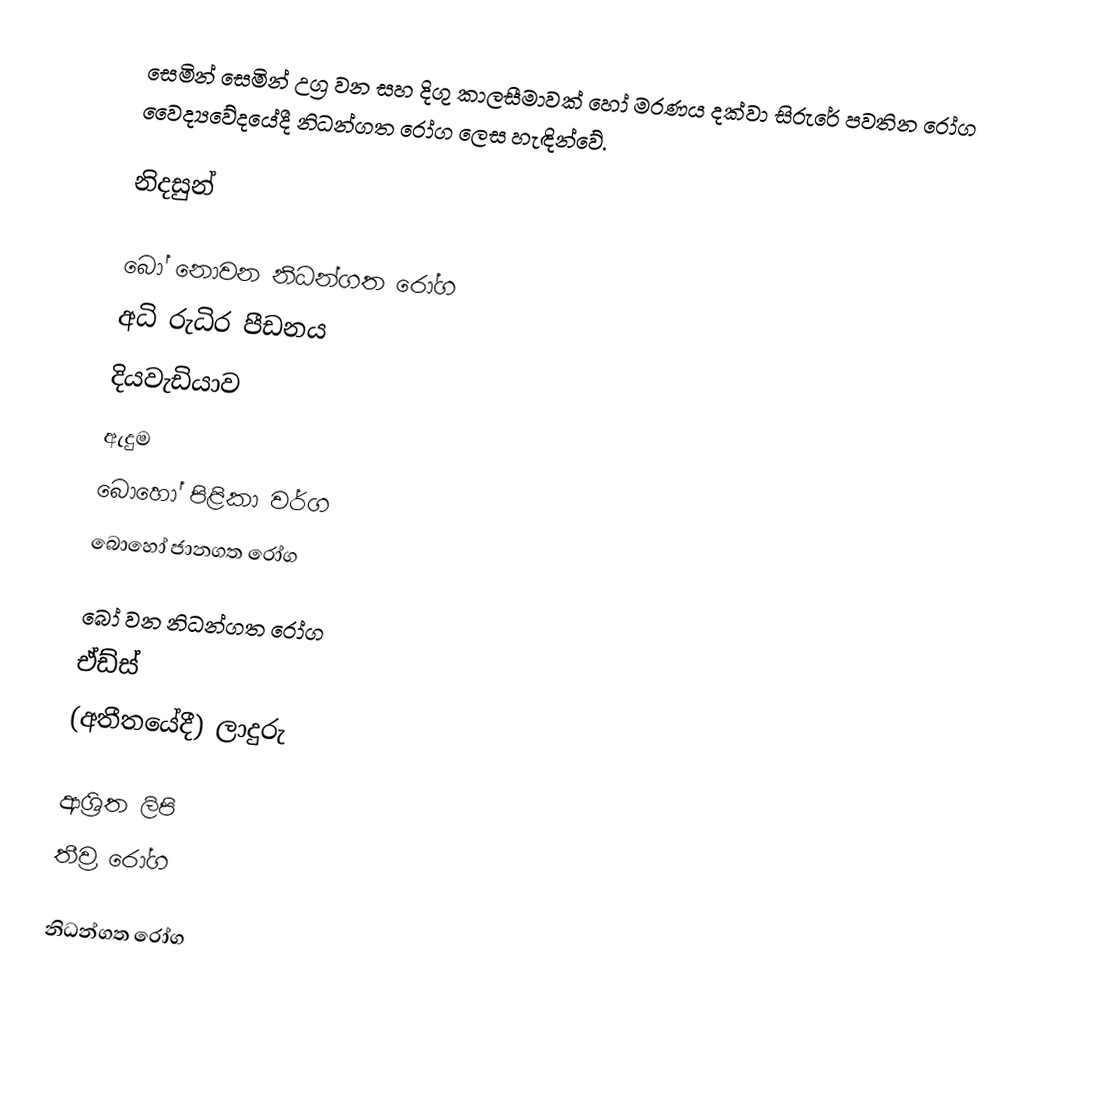
සෙමින් සෙමින් උග්‍ර වන සහ දිගු කාලසීමාවක් හෝ මරණය දක්වා සිරුරේ පවතින රෝග වෛද්‍යවේදයේදී නිධන්ගත රෝග ලෙස හැඳින්වේ.

නිදසුන්

බෝ නොවන නිධන්ගත රෝග
 අධි රුධිර පීඩනය
 දියවැඩියාව
 ඇදුම
 බොහෝ පිළිකා වර්ග
 බොහෝ ජානගත රෝග

බෝ වන නිධන්ගත රෝග
 ඒඩ්ස්
 (අතීතයේදී)  ලාදුරු

ආශ්‍රිත ලිපි
 තීව්‍ර රෝග

නිධන්ගත රෝග